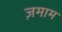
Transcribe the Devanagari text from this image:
ज़माम